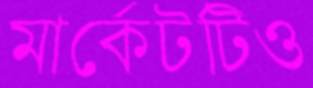
মার্কেটটিও